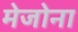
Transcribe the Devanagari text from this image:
मेजोना